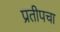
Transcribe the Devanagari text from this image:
प्रतीपचा